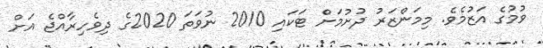
ވުމުގެ އަޒުމެވެ. މިމަންޒަރު ދުށުމަށް ޓަކައި 2010 ނުވަތަ 2020ގެ ދިވެހިރާއްޖެ އަށް